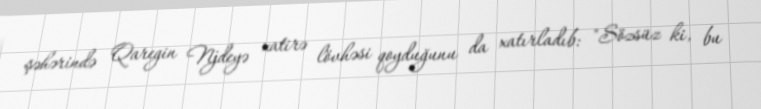
şəhərində Qaregin Njdeyə xatirə lövhəsi qoyduğunu da xatırladıb: "Sözsüz ki, bu